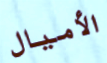
الأميال